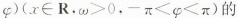
φ )$$(x\in R，$$ω > 0$$，$$- π < φ < π $$)的